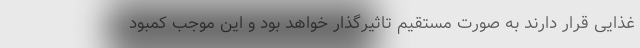
غذایی قرار دارند به صورت مستقیم تاثیرگذار خواهد بود و این موجب کمبود